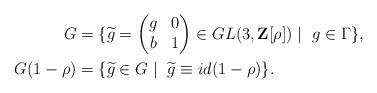
LaTeX: \begin{align*}G&=\{\widetilde{g}=\begin{pmatrix}g & 0 \\ b & 1\end{pmatrix} \in GL(3,\bold Z[\rho])\mid \ g\in \Gamma\},\\G(1-\rho)&=\{\widetilde{g}\in G\mid \ \widetilde{g}\equiv id (1-\rho) \}.\end{align*}